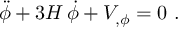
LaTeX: \ddot { \phi } + 3 H \, \dot { \phi } + V _ { , \phi } = 0 \ .